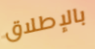
بالإطلاق